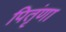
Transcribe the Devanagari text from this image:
पितृंणा